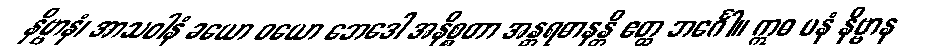
နိဗ္ဗာနံ၊ အာသဝါနံ ခယော ဝယော ဘေဒေါ အနိစ္စတာ အန္တရဓာနန္တိ ဧတ္ထ ဘင်္ဂေါ။ ဣဓ ပနံ နိဗ္ဗာန